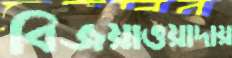
বিজয়াওয়াদায়